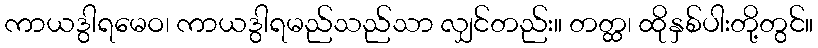
ကာယဒွါရမေဝ၊ ကာယဒွါရမည်သည်သာ လျှင်တည်း။ တတ္ထ၊ ထိုနှစ်ပါးတို့တွင်။